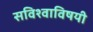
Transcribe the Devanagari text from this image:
सविश्वाविषयी